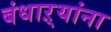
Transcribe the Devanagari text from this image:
बंधाऱ्यांना